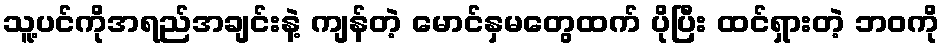
သူ့ပင်ကိုအရည်အချင်းနဲ့ ကျန်တဲ့ မောင်နှမတွေထက် ပိုပြီး ထင်ရှားတဲ့ ဘဝကို